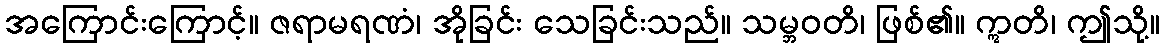
အကြောင်းကြောင့်။ ဇရာမရဏံ၊ အိုခြင်း သေခြင်းသည်။ သမ္ဘဝတိ၊ ဖြစ်၏။ ဣတိ၊ ဤသို့။